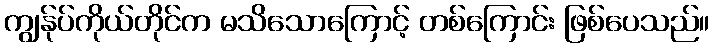
ကျွန်ုပ်ကိုယ်တိုင်က မသိသောကြောင့် တစ်ကြောင်း ဖြစ်ပေသည်။